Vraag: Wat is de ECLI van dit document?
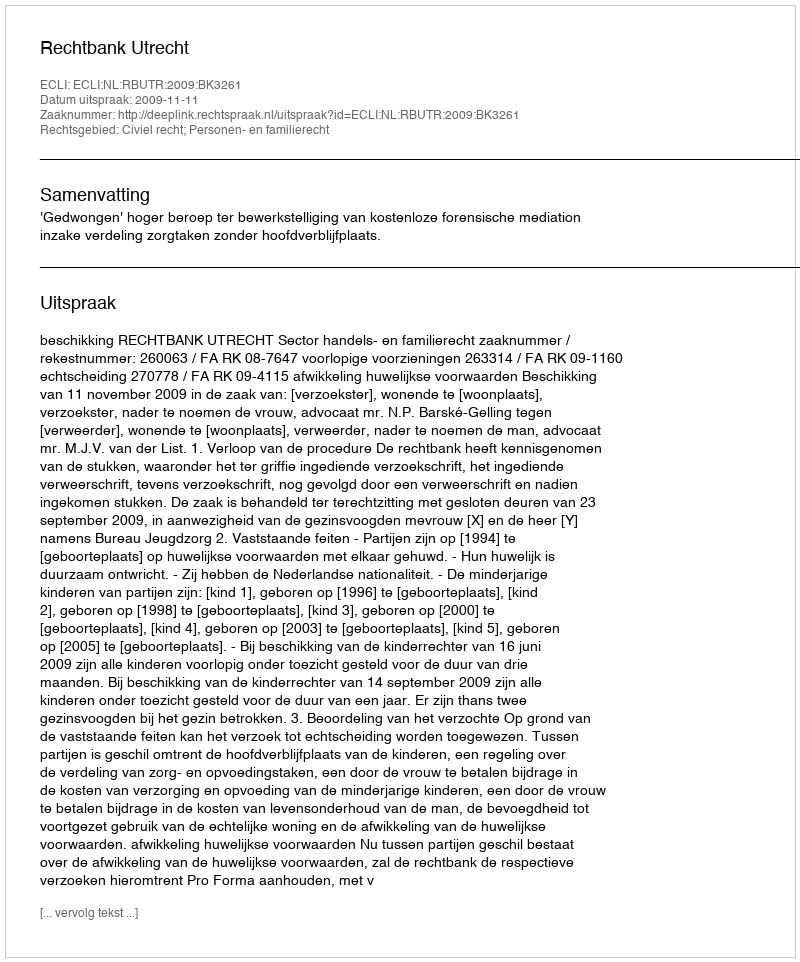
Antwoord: ECLI:NL:RBUTR:2009:BK3261